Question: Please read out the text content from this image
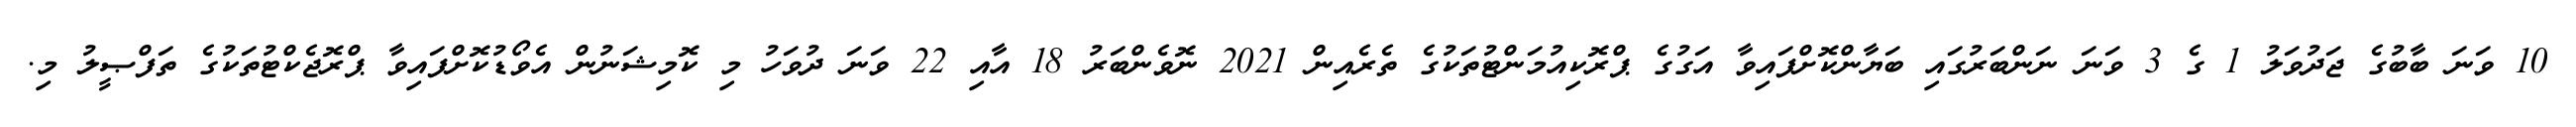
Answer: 10 ވަނަ ބާބުގެ ޖަދުވަލު 1 ގެ 3 ވަނަ ނަންބަރުގައި ބަޔާންކޮށްފައިވާ އަގުގެ ޕްރޮކިއުމަންޓުތަކުގެ ތެރެއިން 2021 ނޮވެންބަރު 18 އާއި 22 ވަނަ ދުވަހު މި ކޮމިޝަނުން އެވޯޑުކޮށްފައިވާ ޕްރޮޖެކްޓުތަކުގެ ތަފްޞީލު މި.